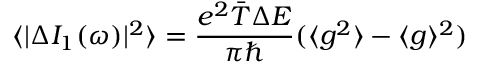
\langle | \Delta I _ { 1 } ( \omega ) | ^ { 2 } \rangle = \frac { e ^ { 2 } \bar { T } \Delta E } { \pi \hbar } ( \langle g ^ { 2 } \rangle - \langle g \rangle ^ { 2 } )